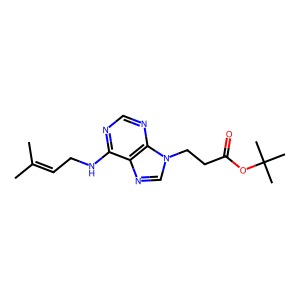
SMILES: CC(C)=CCNc1ncnc2c1ncn2CCC(=O)OC(C)(C)C
Inhibits HIV replication: No